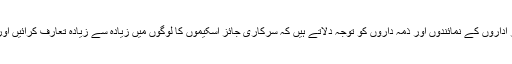
۱۲- شرکاء سمینار مسلم دانش وروں، تنظیموں اور اداروں کے نمائندوں اور ذمہ داروں کو توجہ دلاتے ہیں کہ سرکاری جائز اسکیموں کا لوگوں میں زیادہ سے زیادہ تعارف کرائیں اور بلا معاوضہ ممکنہ تعاون کی صورت پیدا کریں۔